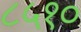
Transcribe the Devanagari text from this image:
८५१०